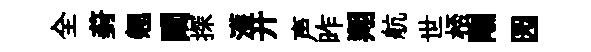
全葑翹闚探濩开声昨翔航世桮剛园